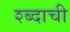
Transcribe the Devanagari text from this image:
श्ब्दाची